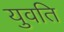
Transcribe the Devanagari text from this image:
युवति